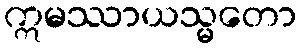
ဣမဿာယသ္မတော